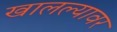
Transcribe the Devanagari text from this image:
खालल्यावर